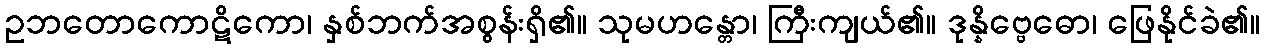
ဥဘတောကောဋိကော၊ နှစ်ဘက်အစွန်းရှိ၏။ သုမဟန္တော၊ ကြီးကျယ်၏။ ဒုန္နိဗ္ဗေဓော၊ ဖြေနိုင်ခဲ၏။